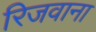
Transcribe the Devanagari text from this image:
रिजवाना